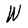
Character: W